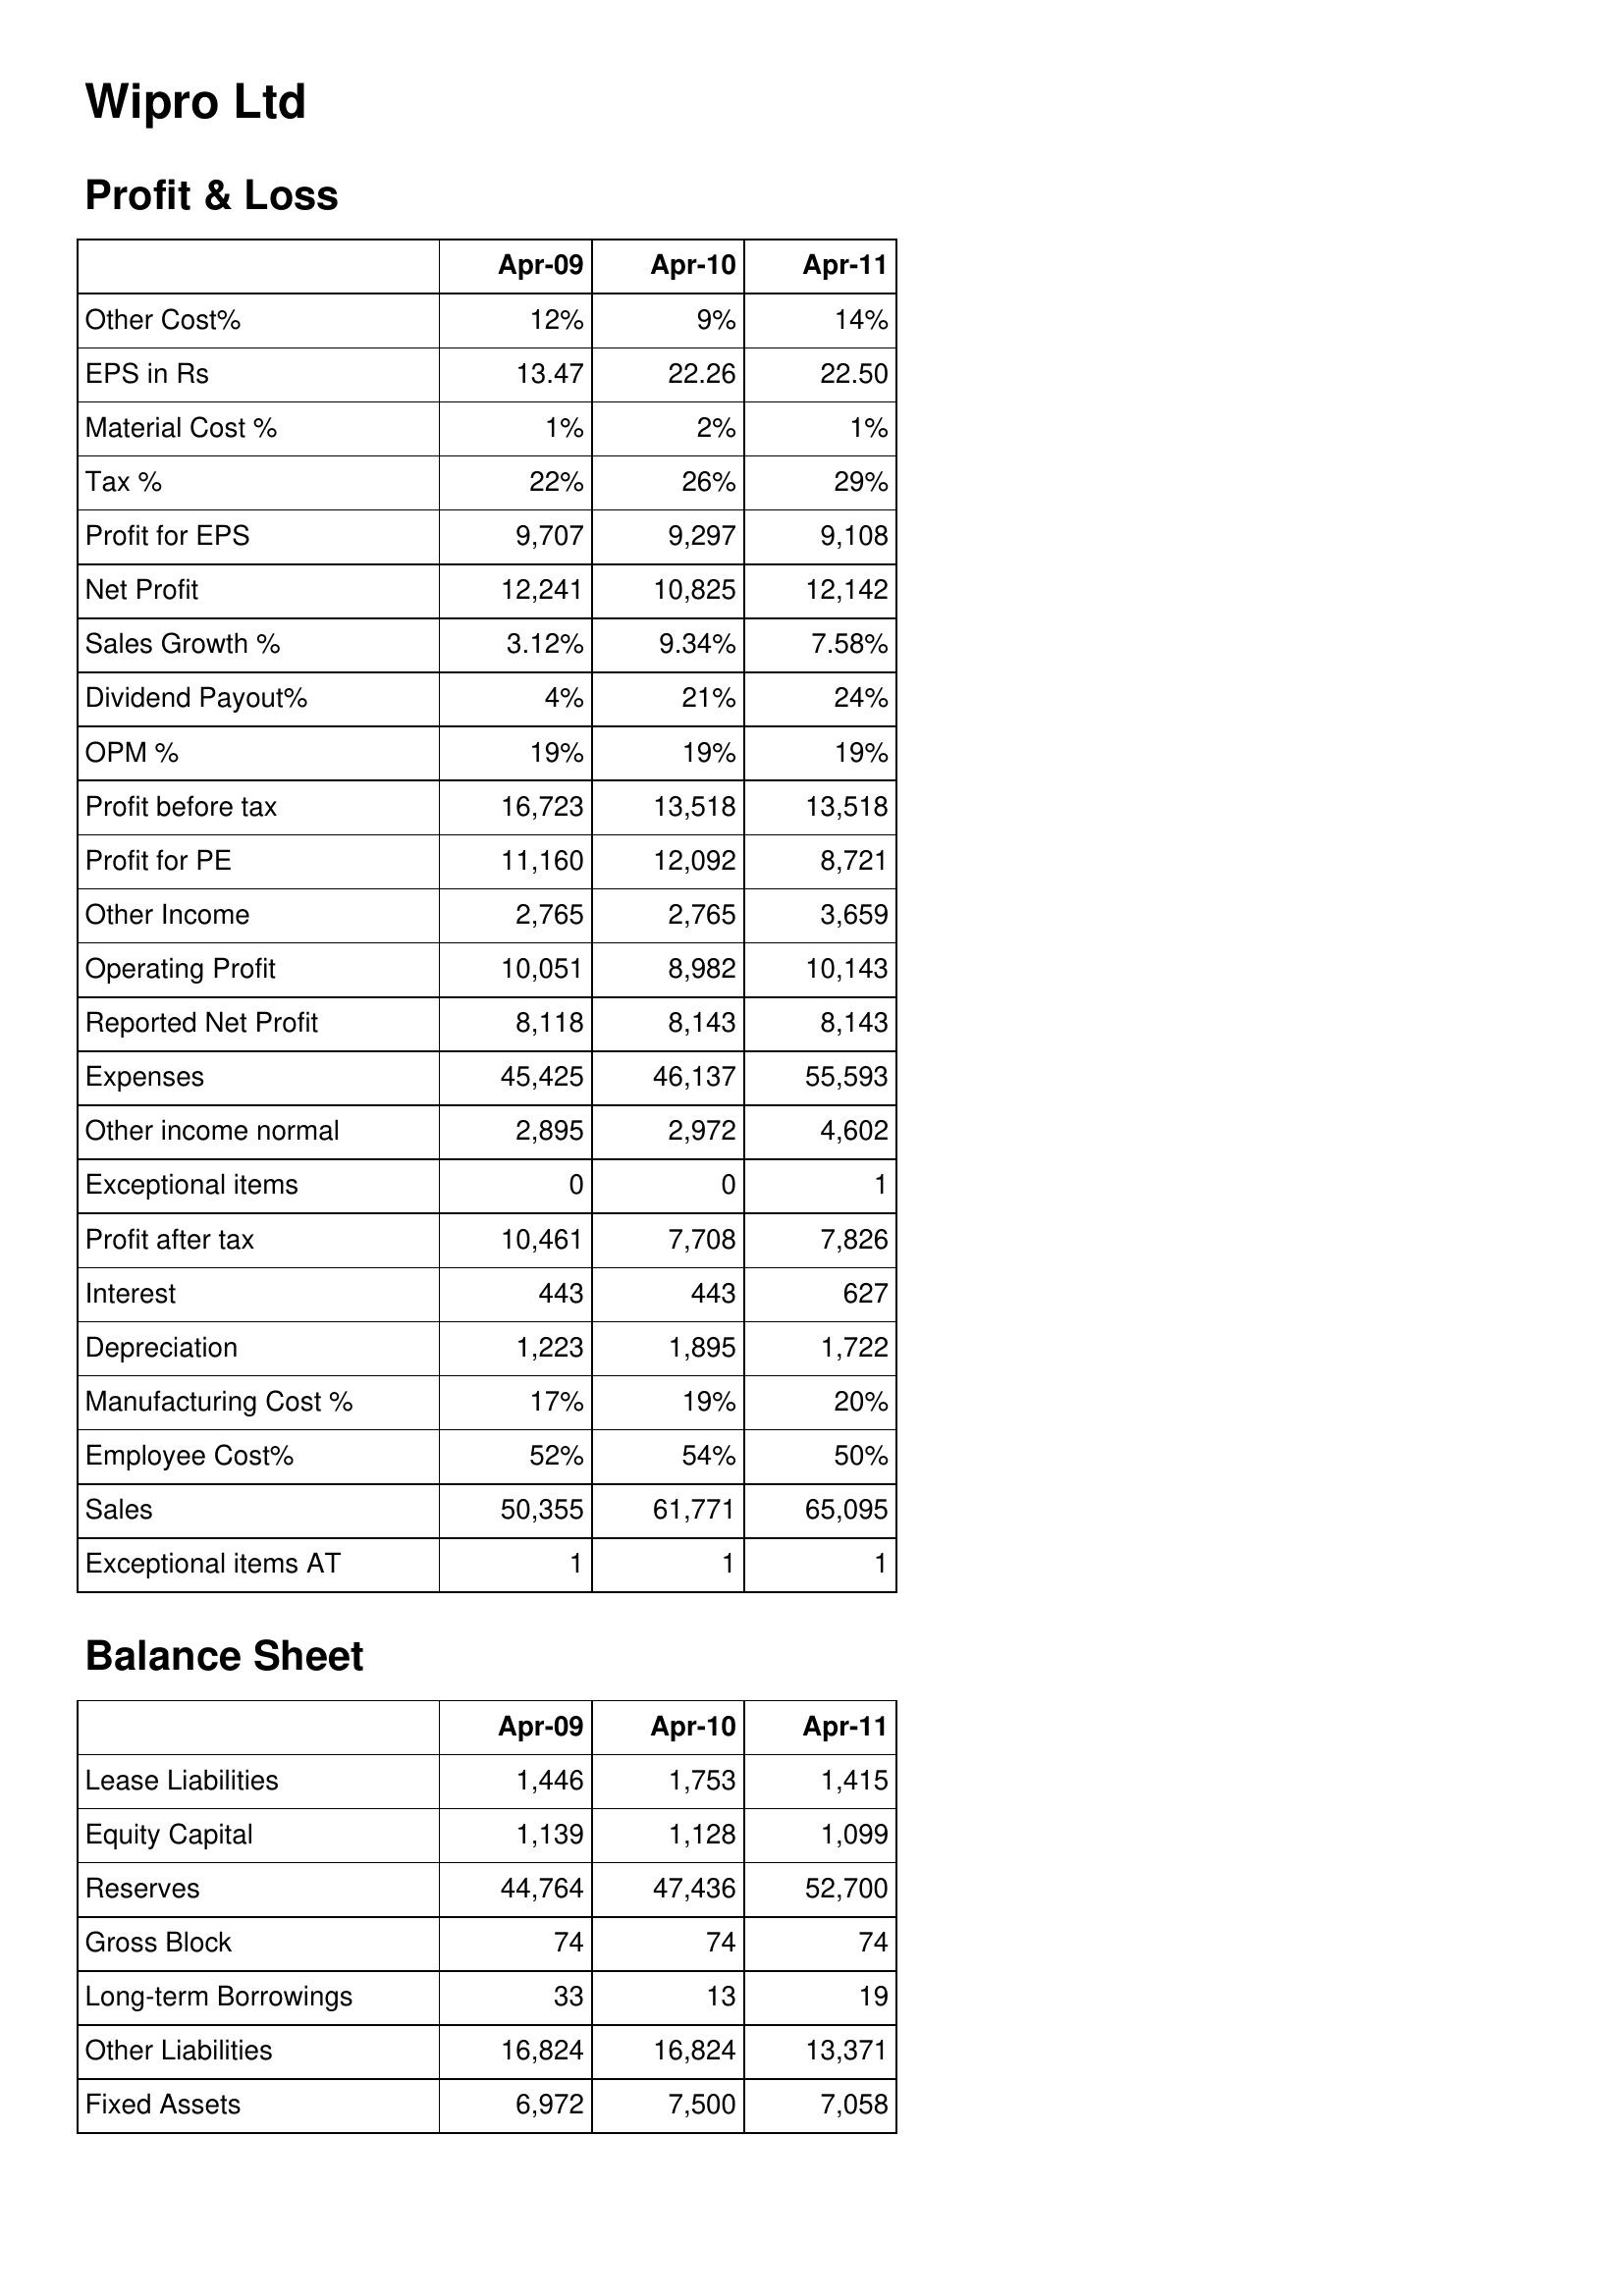
Apr-09: Profit & Loss: Other Cost%: 12%
EPS in Rs: 13.47
Material Cost %: 1%
Tax %: 22%
Profit for EPS: 9,707
Net Profit: 12,241
Sales Growth %: 3.12%
Dividend Payout%: 4%
OPM %: 19%
Profit before tax: 16,723
Profit for PE: 11,160
Other Income: 2,765
Operating Profit: 10,051
Reported Net Profit: 8,118
Expenses: 45,425
Other income normal: 2,895
Exceptional items: 0
Profit after tax: 10,461
Interest: 443
Depreciation: 1,223
Manufacturing Cost %: 17%
Employee Cost%: 52%
Sales: 50,355
Exceptional items AT: 1
Balance Sheet: Lease Liabilities: 1,446
Equity Capital: 1,139
Reserves: 44,764
Gross Block: 74
Long-term Borrowings: 33
Other Liabilities: 16,824
Fixed Assets: 6,972
Apr-10: Profit & Loss: Other Cost%: 9%
EPS in Rs: 22.26
Material Cost %: 2%
Tax %: 26%
Profit for EPS: 9,297
Net Profit: 10,825
Sales Growth %: 9.34%
Dividend Payout%: 21%
OPM %: 19%
Profit before tax: 13,518
Profit for PE: 12,092
Other Income: 2,765
Operating Profit: 8,982
Reported Net Profit: 8,143
Expenses: 46,137
Other income normal: 2,972
Exceptional items: 0
Profit after tax: 7,708
Interest: 443
Depreciation: 1,895
Manufacturing Cost %: 19%
Employee Cost%: 54%
Sales: 61,771
Exceptional items AT: 1
Balance Sheet: Lease Liabilities: 1,753
Equity Capital: 1,128
Reserves: 47,436
Gross Block: 74
Long-term Borrowings: 13
Other Liabilities: 16,824
Fixed Assets: 7,500
Apr-11: Profit & Loss: Other Cost%: 14%
EPS in Rs: 22.50
Material Cost %: 1%
Tax %: 29%
Profit for EPS: 9,108
Net Profit: 12,142
Sales Growth %: 7.58%
Dividend Payout%: 24%
OPM %: 19%
Profit before tax: 13,518
Profit for PE: 8,721
Other Income: 3,659
Operating Profit: 10,143
Reported Net Profit: 8,143
Expenses: 55,593
Other income normal: 4,602
Exceptional items: 1
Profit after tax: 7,826
Interest: 627
Depreciation: 1,722
Manufacturing Cost %: 20%
Employee Cost%: 50%
Sales: 65,095
Exceptional items AT: 1
Balance Sheet: Lease Liabilities: 1,415
Equity Capital: 1,099
Reserves: 52,700
Gross Block: 74
Long-term Borrowings: 19
Other Liabilities: 13,371
Fixed Assets: 7,058